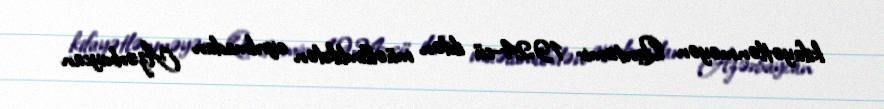
kifayətlənməyən Qantəmir 1924-cü ildən müəllimlikdən ayrılmadan Azərbaycan